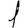
Digit: 1